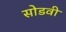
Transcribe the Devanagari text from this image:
सोडवी